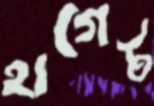
হাগেট